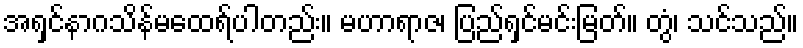
အရှင်နာဂသိန်မထေရ်ပါတည်း။ မဟာရာဇ၊ ပြည်ရှင်မင်းမြတ်။ တွံ၊ သင်သည်။